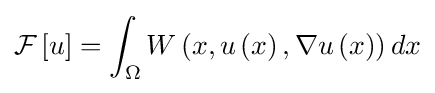
{\mathcal {F}}\left[u\right]=\int _{\Omega }W\left(x,u\left(x\right),\nabla u\left(x\right)\right)dx